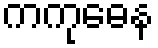
ကကုဓေန